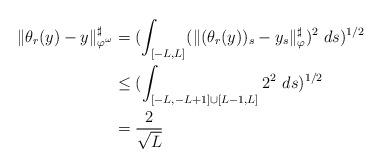
LaTeX: \begin{align*} \| \theta _r(y)-y\| _{\varphi ^\omega}^\sharp &=(\int _{[-L,L]}(\| (\theta _r(y))_s-y_s \| _{\varphi }^\sharp )^2\ ds )^{1/2} \\ &\leq (\int _{[-L, -L+1]\cup [L-1,L]}2^2\ ds )^{1/2} \\ &=\frac{2}{\sqrt{L}} \end{align*}